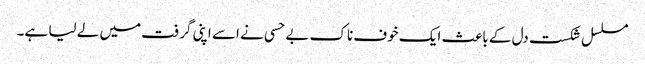
مسلسل شکست دل کے باعث ایک خوف ناک بے حسی نے اسے اپنی گرفت میں لے لیا ہے۔